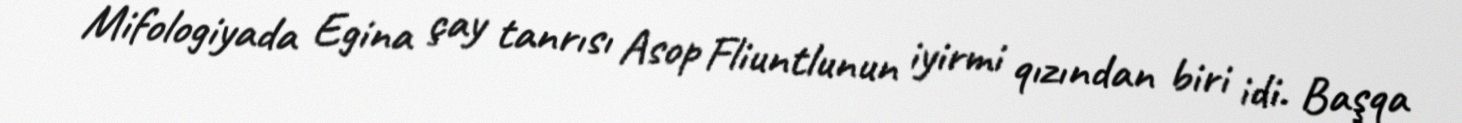
Mifologiyada Egina çay tanrısı Asop Fliuntlunun iyirmi qızından biri idi. Başqa